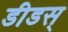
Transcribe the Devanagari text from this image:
डीडस्